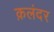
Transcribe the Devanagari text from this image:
क़लंदर